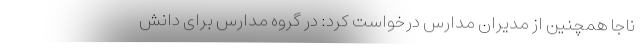
ناجا همچنین از مدیران مدارس درخواست کرد: در گروه مدارس برای دانش